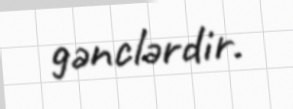
gənclərdir.